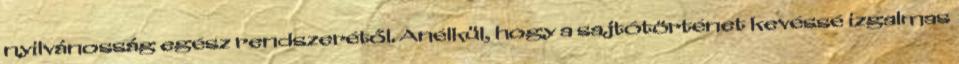
nyilvánosság egész rendszerétől. Anélkül, hogy a sajtótörténet kevéssé izgalmas